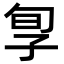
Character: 㝁